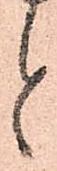
と